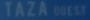
TAZÀ QUEST